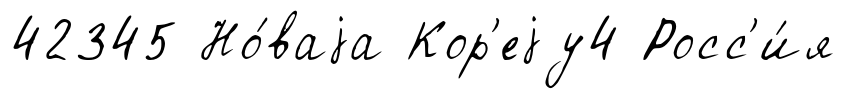
42345 Но́ваjа Кор'еjу4 Росс'и́я